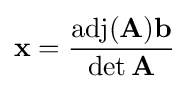
\mathbf {x} ={\frac {\operatorname {adj} (\mathbf {A} )\mathbf {b} }{\det \mathbf {A} }}